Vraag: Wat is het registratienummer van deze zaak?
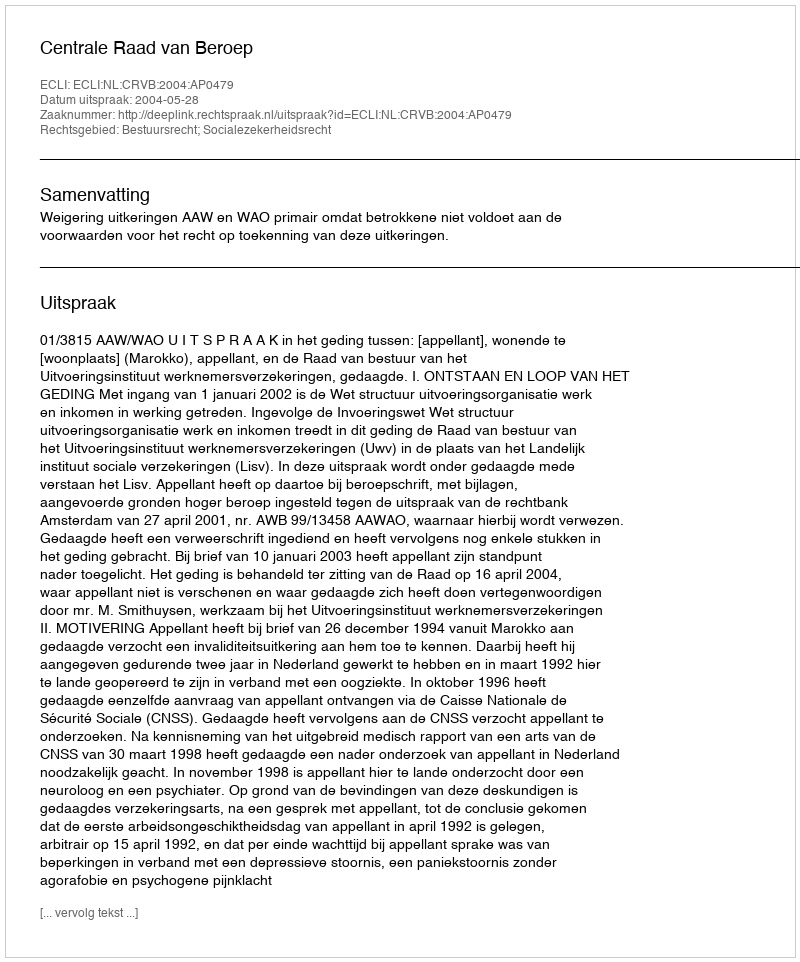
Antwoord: http://deeplink.rechtspraak.nl/uitspraak?id=ECLI:NL:CRVB:2004:AP0479